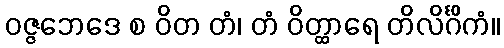
ဝဇ္ဇဘေဒေ စ ဝိတ တံ၊ တံ ဝိတ္ထာရေ တိလိင်္ဂိကံ။